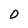
Character: D